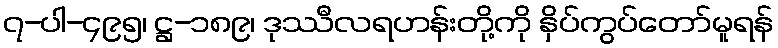
၇-ပါ-၄၉၅၊ ဋ္ဌ-၁၈၉၊ ဒုဿီလရဟန်းတို့ကို နှိပ်ကွပ်တော်မူရန်